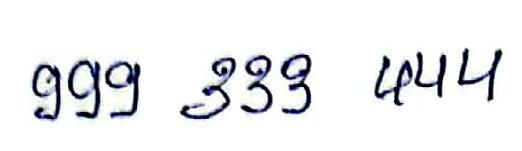
999 333 444